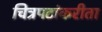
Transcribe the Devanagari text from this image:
चित्रपटांकरीता